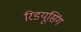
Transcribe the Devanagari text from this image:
रिडयूसिंग